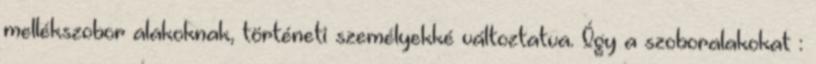
mellékszobor alakoknak, történeti személyekké változtatva. Így a szoboralakokat :